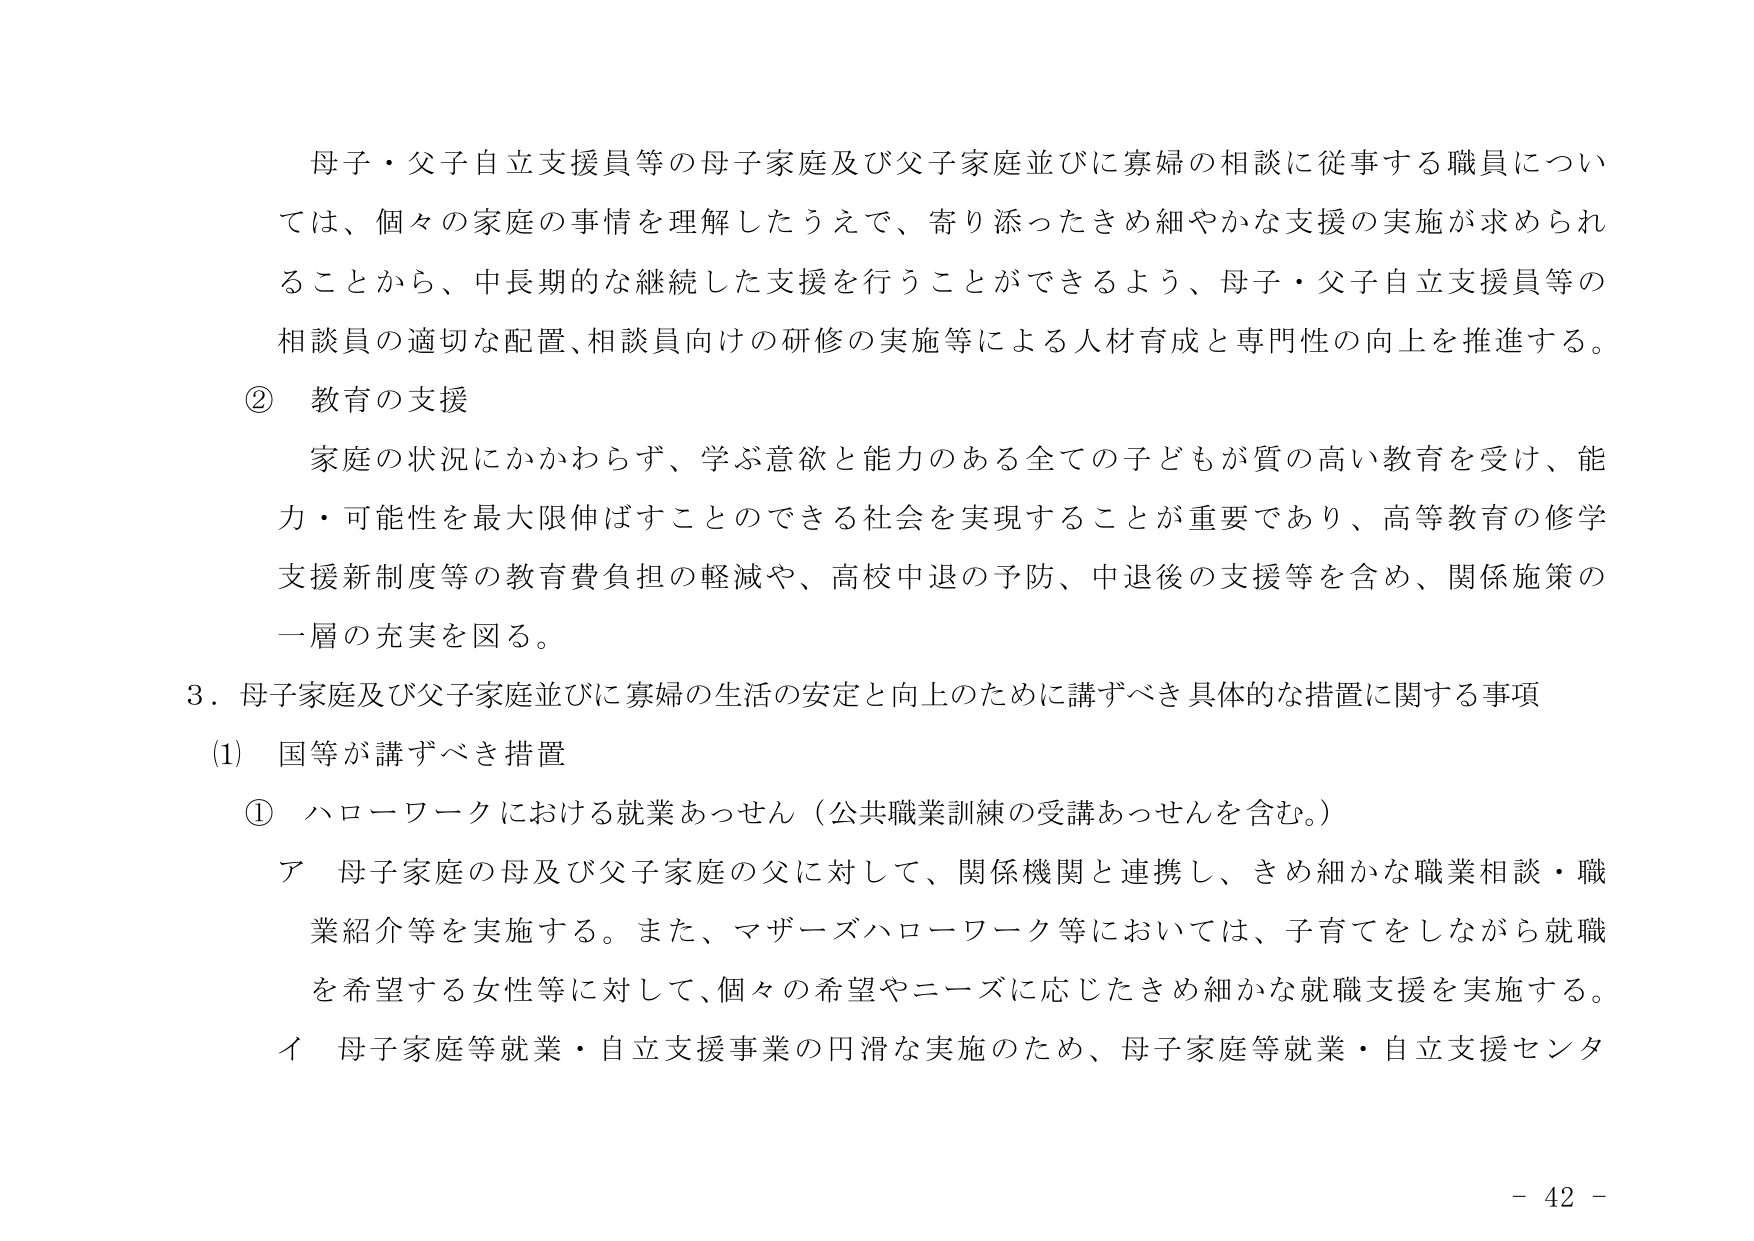
母子・父子自立支援員等の母子家庭及び父子家庭並びに寡婦の相談に従事する職員については、個々の家庭の事情を理解したうえで、寄り添ったきめ細やかな支援の実施が求められることから、中長期的な継続した支援を行うことができるよう、母子・父子自立支援員等の相談員の適切な配置、相談員向けの研修の実施等による人材育成と専門性の向上を推進する。

② 教育の支援

家庭の状況にかかわらず、学ぶ意欲と能力のある全ての子どもが質の高い教育を受け、能力・可能性を最大限伸ばすことのできる社会を実現することが重要であり、高等教育の修学支援新制度等の教育費負担の軽減や、高校中退の予防、中退後の支援等を含め、関係施策の一層の充実を図る。

3．母子家庭及び父子家庭並びに寡婦の生活の安定と向上のために講ずべき具体的な措置に関する事項

(1) 国等が講ずべき措置

① ハローワークにおける就業あっせん（公共職業訓練の受講あっせんを含む。）

ア 母子家庭の母及び父子家庭の父に対して、関係機関と連携し、きめ細かな職業相談・職業紹介等を実施する。また、マザーズハローワーク等においては、子育てをしながら就職を希望する女性等に対して、個々の希望やニーズに応じたきめ細かな就職支援を実施する。

イ 母子家庭等就業・自立支援事業の円滑な実施のため、母子家庭等就業・自立支援センタ

- 42 -